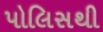
પોલિસથી